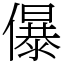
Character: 儤